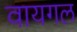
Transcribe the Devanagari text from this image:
वायगल